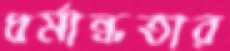
ধর্মান্ধতার